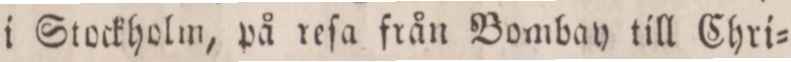
i Stockholm, på reſa från Bombay till Chri=